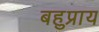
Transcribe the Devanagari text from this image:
बहुप्राय